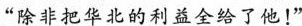
“除非把华北的利益全给了他！”